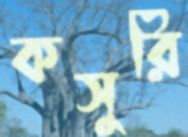
কসুরি